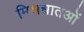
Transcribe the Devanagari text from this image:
मिश्रधातओं